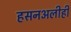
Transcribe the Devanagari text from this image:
हसनअलीही